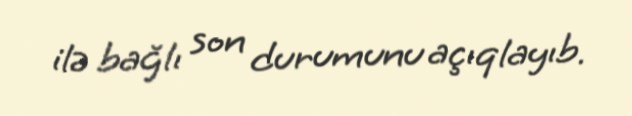
ilə bağlı son durumunu açıqlayıb.